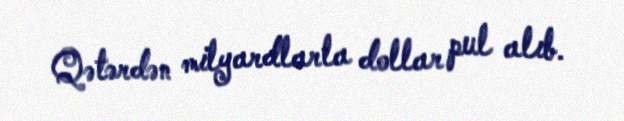
Qətərdən milyardlarla dollar pul alıb.